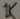
Text: 1K